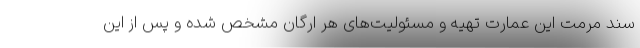
سند مرمت این عمارت تهیه و مسئولیت‌های هر ارگان مشخص شده و پس از این